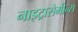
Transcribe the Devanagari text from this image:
नाइट्रासेमीन्स